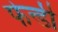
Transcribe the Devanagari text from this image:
फेन्डी